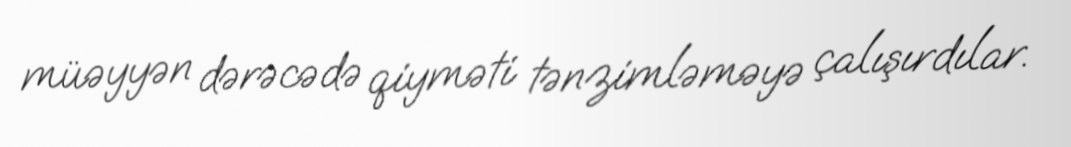
müəyyən dərəcədə qiyməti tənzimləməyə çalışırdılar.